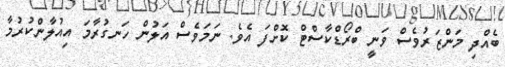
ބެއްދި މަންޒަރުވެސް ވަނީ ބްރޯޑްކާސްޓް ކޮށްފަ އެވެ. ނަމަވެސް އަލުން ހަނގުރާމަ އިއުލާންކުރުމާ